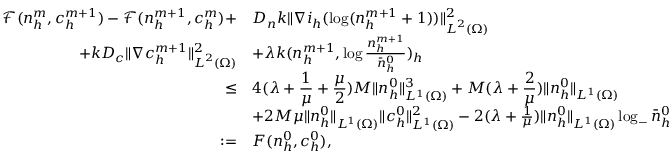
\begin{array} { r l } { \displaystyle \mathcal { F } ( n _ { h } ^ { m } , c _ { h } ^ { m + 1 } ) - \mathcal { F } ( n _ { h } ^ { m + 1 } , c _ { h } ^ { m } ) + } & { D _ { n } k \| \nabla i _ { h } ( \log ( n _ { h } ^ { m + 1 } + 1 ) ) \| _ { { \boldsymbol L } ^ { 2 } ( \Omega ) } ^ { 2 } } \\ { \displaystyle + k D _ { c } \| \nabla c _ { h } ^ { m + 1 } \| _ { { \boldsymbol L } ^ { 2 } ( \Omega ) } ^ { 2 } } & { + \lambda k ( n _ { h } ^ { m + 1 } , \log \frac { n _ { h } ^ { m + 1 } } { \bar { n } _ { h } ^ { 0 } } ) _ { h } } \\ { \le } & { \displaystyle 4 ( \lambda + \frac { 1 } { \mu } + \frac { \mu } { 2 } ) M \| n _ { h } ^ { 0 } \| _ { L ^ { 1 } ( \Omega ) } ^ { 3 } + M ( \lambda + \frac { 2 } { \mu } ) \| n _ { h } ^ { 0 } \| _ { L ^ { 1 } ( \Omega ) } } \\ & { + 2 M \mu \| n _ { h } ^ { 0 } \| _ { L ^ { 1 } ( \Omega ) } \| c _ { h } ^ { 0 } \| _ { L ^ { 1 } ( \Omega ) } ^ { 2 } - 2 ( \lambda + \frac { 1 } { \mu } ) \| n _ { h } ^ { 0 } \| _ { L ^ { 1 } ( \Omega ) } \log _ { - } \bar { n } _ { h } ^ { 0 } } \\ { : = } & { F ( n _ { h } ^ { 0 } , c _ { h } ^ { 0 } ) , } \end{array}